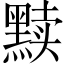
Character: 黩